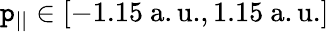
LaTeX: \mathtt{p}_{||}\in[-1.15\mathrm{{~a.u.}},1.15\mathrm{{~a.u.}}]